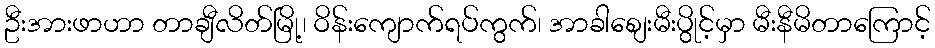
ဦးအားဖာဟာ တာချီလိတ်မြို့၊ ဝိန်းကျောက်ရပ်ကွက်၊ အာခါစျေးမီးပွိုင့်မှာ မီးနီမိတာကြောင့်